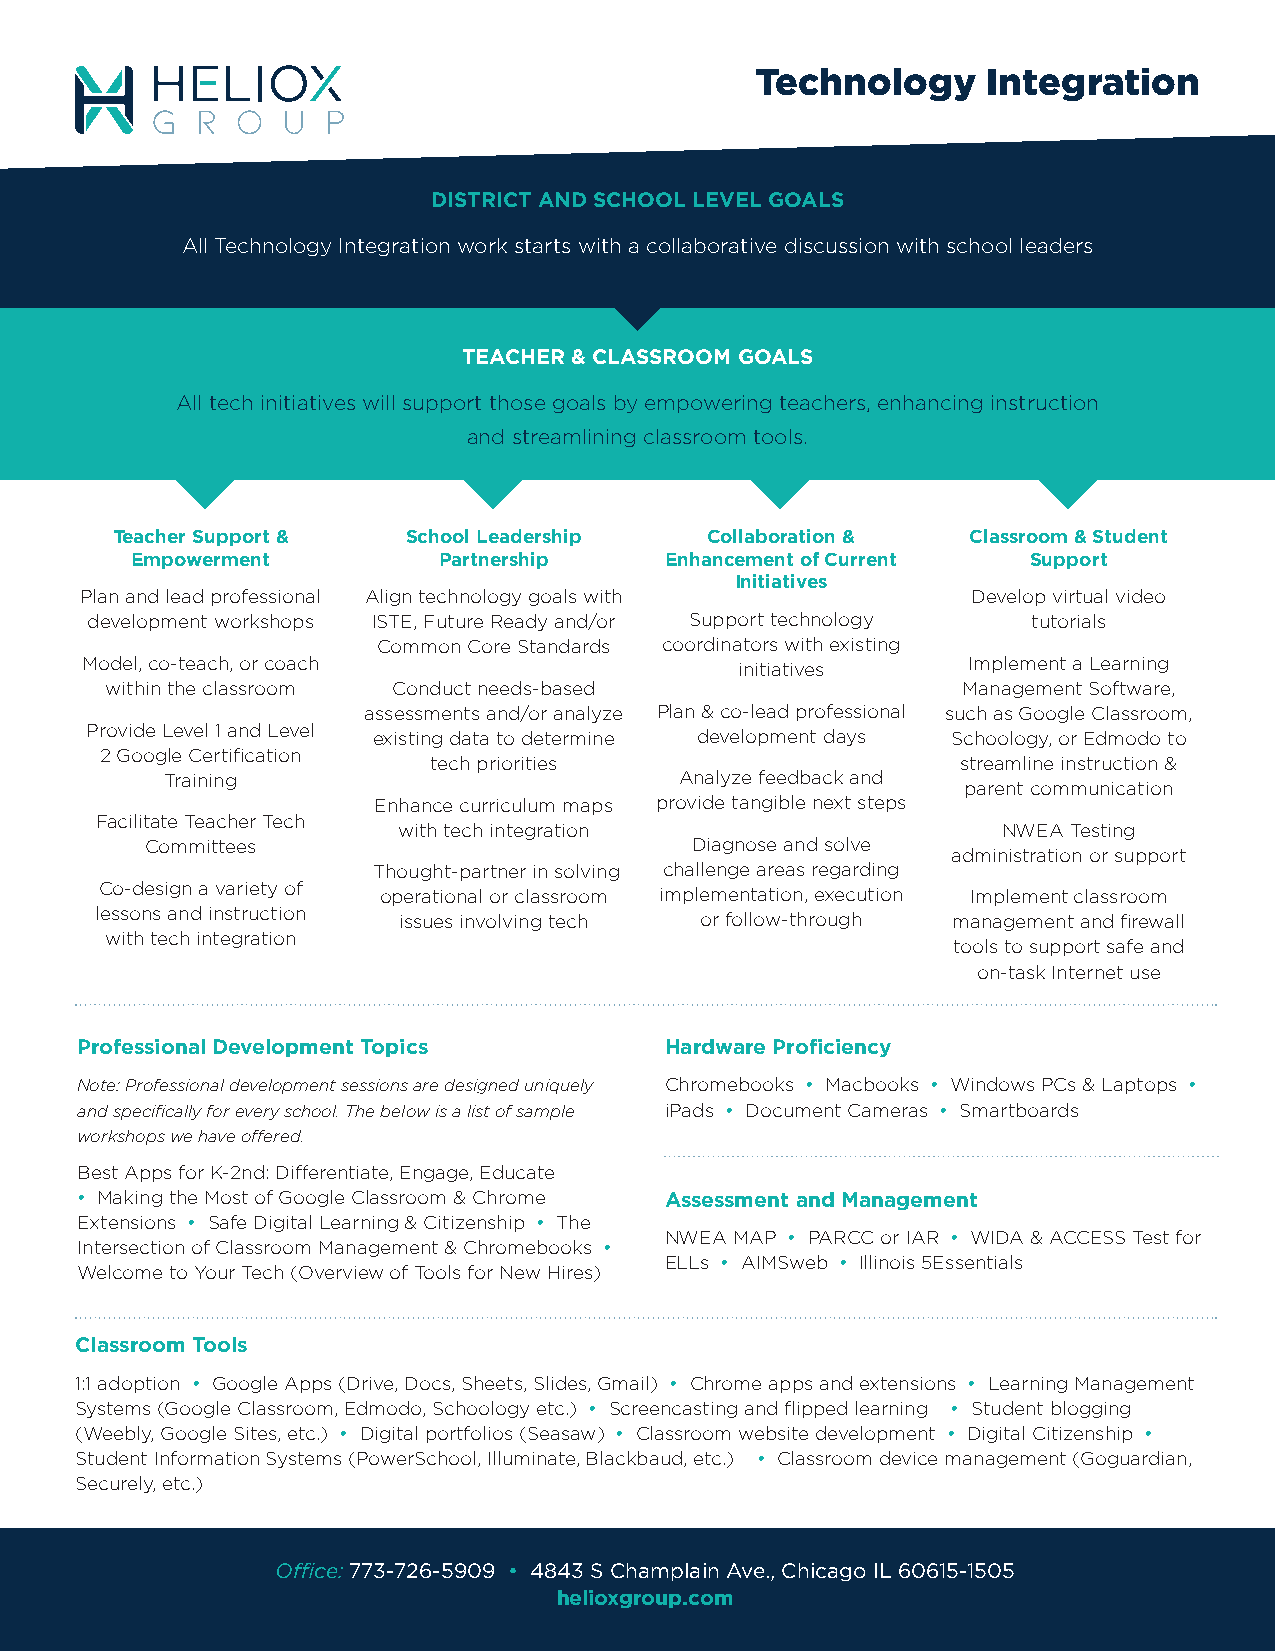
Technology     Integration
 DISTRICT AND SCHOOL LEVEL GOALS
 All Technology Integration work starts with a collaborative discussion with school leaders
 TEACHER & CLASSROOM GOALS
 All tech initiatives will support those goals by empowering teachers, enhancing instruction
 and streamlining classroom tools.
 Teacher Support &   School Leadership   Collaboration &  Classroom & Student
 Empowerment         Partnership    Enhancement of Current  Support
 Initiatives
 Plan and lead professional Align technology goals with     Develop virtual video
 development workshops ISTE, Future Ready and/or Support technology tutorials
 Common Core Standards coordinators with existing
 Model, co-teach, or coach                   initiatives    Implement a Learning
 within the classroom Conduct needs-based                 Management Software,
 assessments and/or analyze Plan & co-lead professional such as Google Classroom,
 Provide Level 1 and Level existing data to determine development days Schoology, or Edmodo to
 2 Google Certification
 tech priorities                     streamline instruction &
 Training                          Analyze feedback and
 parent communication
 Enhance curriculum maps provide tangible next steps
 Facilitate Teacher Tech
 with tech integration                   NWEA Testing
 Committees                          Diagnose and solve
 administration or support
 Thought-partner in solving challenge areas regarding
 Co-design a variety of operational or classroom implementation, execution Implement classroom
 lessons and instruction issues involving tech or follow-through management and firewall
 with tech integration
 tools to support safe and
 on-task Internet use
 Professional Development Topics        Hardware Proficiency
 Note: Professional development sessions are designed uniquely Chromebooks • Macbooks • Windows PCs & Laptops •
 and specifically for every school. The below is a list of sample iPads • Document Cameras • Smartboards
 workshops we have offered.
 Best Apps for K-2nd: Differentiate, Engage, Educate
 • Making the Most of Google Classroom & Chrome Assessment and Management
 Extensions • Safe Digital Learning & Citizenship • The
 NWEA MAP • PARCC or IAR • WIDA & ACCESS Test for
 Intersection of Classroom Management & Chromebooks •
 ELLs • AIMSweb • Illinois 5Essentials
 Welcome to Your Tech (Overview of Tools for New Hires)
 Classroom Tools
 1:1 adoption • Google Apps (Drive, Docs, Sheets, Slides, Gmail) • Chrome apps and extensions • Learning Management
 Systems (Google Classroom, Edmodo, Schoology etc.) • Screencasting and flipped learning • Student blogging
 (Weebly, Google Sites, etc.) • Digital portfolios (Seasaw) • Classroom website development • Digital Citizenship •
 Student Information Systems (PowerSchool, Illuminate, Blackbaud, etc.) • Classroom device management (Goguardian,
 Securely, etc.)
 Office: 773-726-5909 • 4843 S Champlain Ave., Chicago IL 60615-1505
 helioxgroup.com